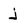
Character: j